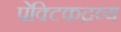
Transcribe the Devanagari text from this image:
पेक्टिकद्रव्य